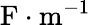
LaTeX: \mathrm{F}\cdot\mathrm{m}^{-1}